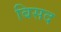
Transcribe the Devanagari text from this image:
बिसद